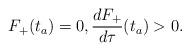
LaTeX: \begin{align*}F_+(t_a)=0,\frac{dF_+}{d\tau}(t_a)>0.\end{align*}